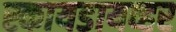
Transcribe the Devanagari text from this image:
स्कायडायव्हर